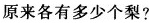
原来各有多少个梨?